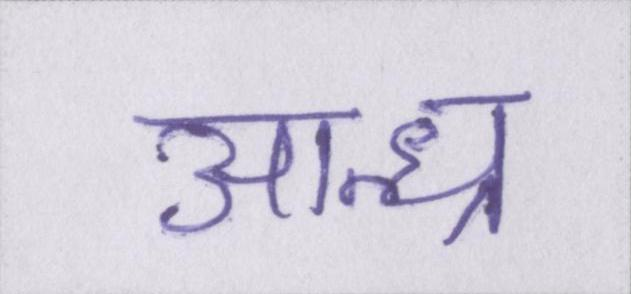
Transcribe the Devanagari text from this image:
आन्ध्र